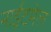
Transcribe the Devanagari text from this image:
नाईटमेल